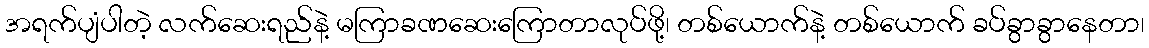
အရက်ပျံပါတဲ့ လက်ဆေးရည်နဲ့ မကြာခဏဆေးကြောတာလုပ်ဖို့၊ တစ်ယောက်နဲ့ တစ်ယောက် ခပ်ခွာခွာနေတာ၊